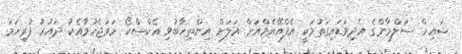
ޝައިހް ސަލްމާންގެ އެދިވަޑައިގަތުމަކީ އެފްއޭއެމްއަށް އަލަށް އިންތިހާބުވި އެކްސްކޯ ހަމަޖެހުމާއެކު ދައުރު ފުރިހަމަ